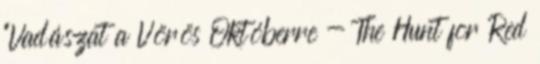
"Vadászat a Vörös Októberre - The Hunt for Red